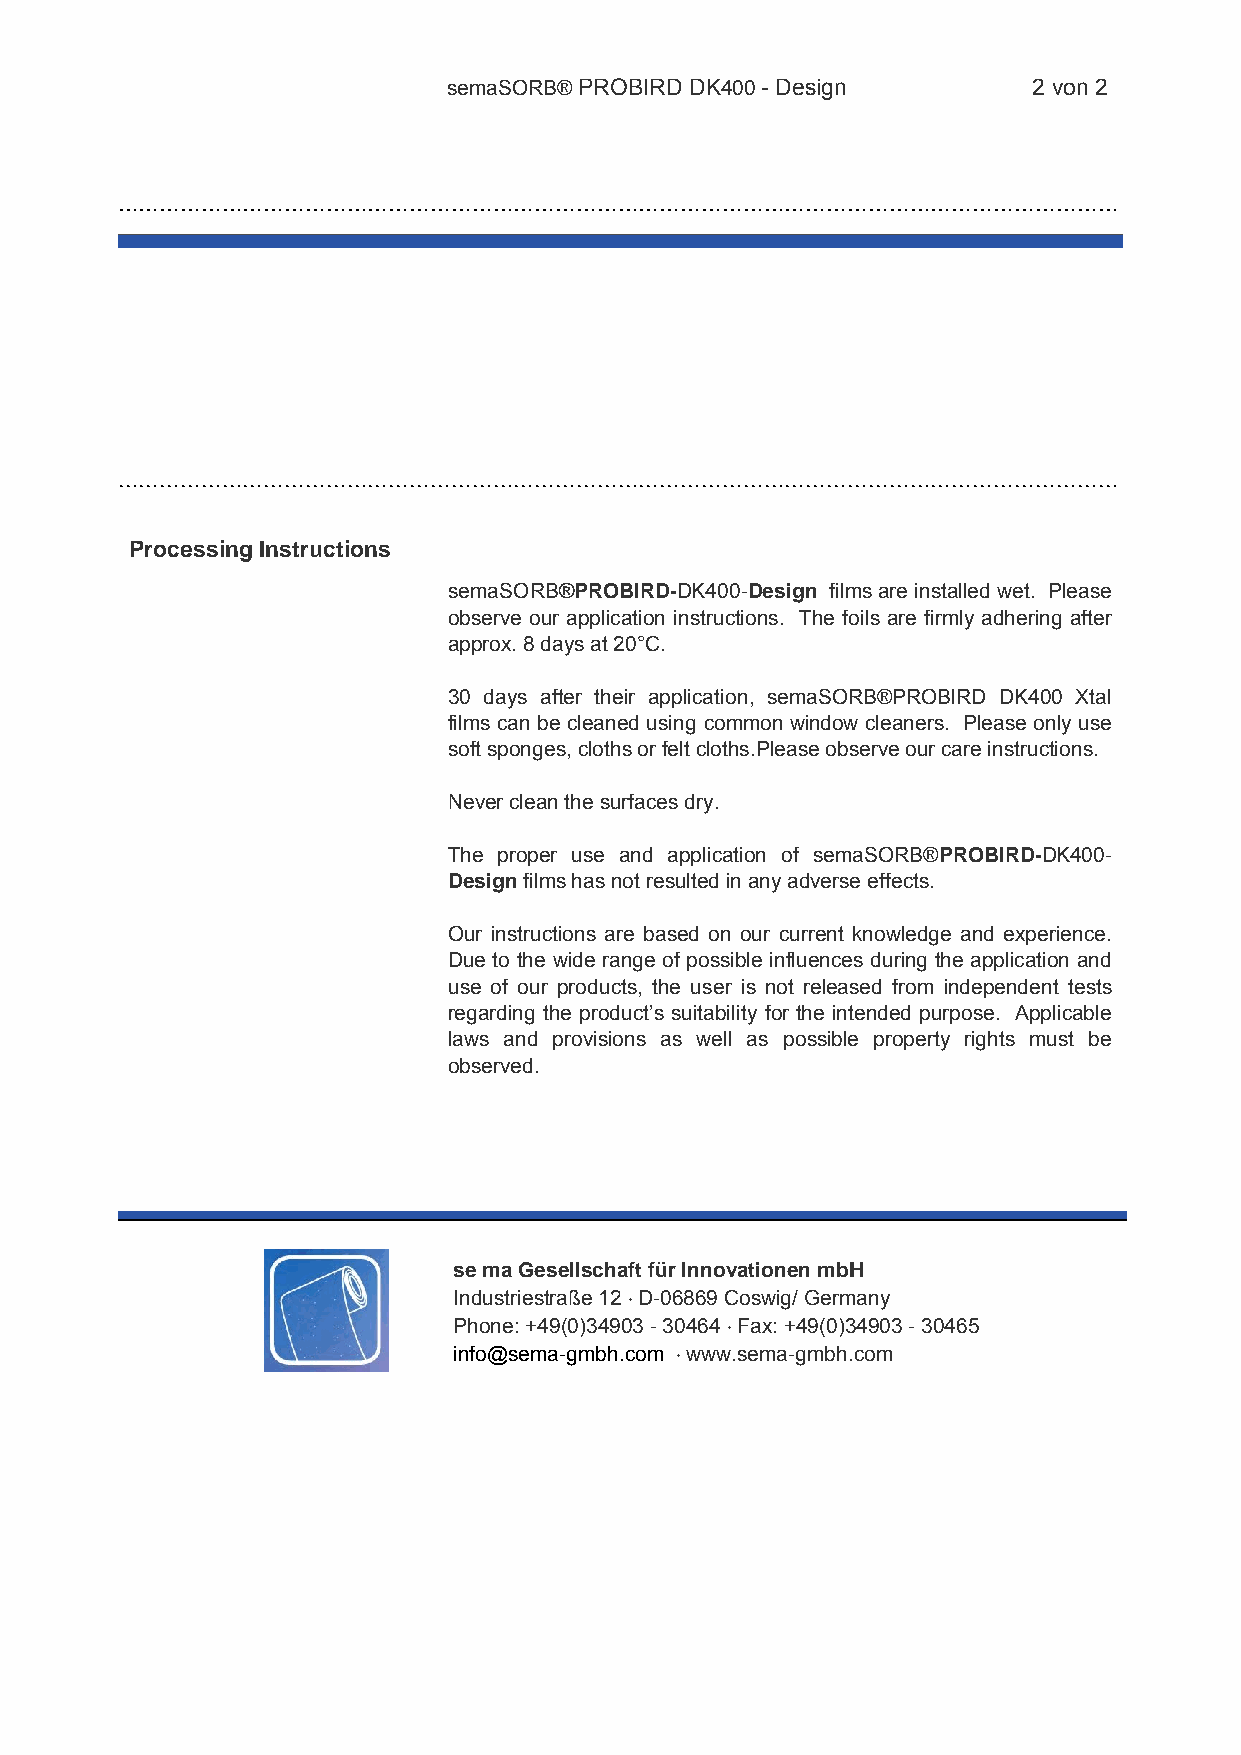
semaSORB® PROBIRD DK400 - Design      2 von 2
 ………………………………………………………………………………………………………………………………
 ………………………………………………………………………………………………………………………………
 Processing Instructions
 semaSORB®PROBIRD-DK400-Design films are installed wet. Please
 observe our application instructions. The foils are firmly adhering after
 approx. 8 days at 20°C.
 30 days after their application, semaSORB®PROBIRD DK400 Xtal
 films can be cleaned using common window cleaners. Please only use
 soft sponges, cloths or felt cloths.Please observe our care instructions.
 Never clean the surfaces dry.
 The proper use and application of semaSORB®PROBIRD-DK400-
 Design films has not resulted in any adverse effects.
 Our instructions are based on our current knowledge and experience.
 Due to the wide range of possible influences during the application and
 use of our products, the user is not released from independent tests
 regarding the product’s suitability for the intended purpose. Applicable
 laws and provisions as well as possible property rights must be
 observed.
 se ma Gesellschaft für Innovationen mbH
 Industriestraße 12  D-06869 Coswig/ Germany
 Phone: +49(0)34903 - 30464  Fax: +49(0)34903 - 30465
 info@sema-gmbh.com  www.sema-gmbh.com